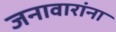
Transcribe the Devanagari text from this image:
जनावारांना